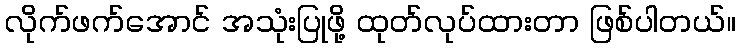
လိုက်ဖက်အောင် အသုံးပြုဖို့ ထုတ်လုပ်ထားတာ ဖြစ်ပါတယ်။